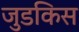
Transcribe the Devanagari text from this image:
जुडकिस